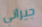
جيراني